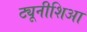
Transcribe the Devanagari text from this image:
ट्यूनीशिआ